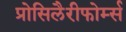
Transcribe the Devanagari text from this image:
प्रोसिलैरीफोर्म्स